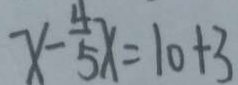
x - \frac { 4 } { 5 } x = 1 0 + 3